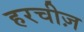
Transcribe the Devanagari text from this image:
हरचीज़